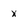
Character: x